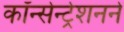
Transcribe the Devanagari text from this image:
कॉन्सेन्ट्रेशनने